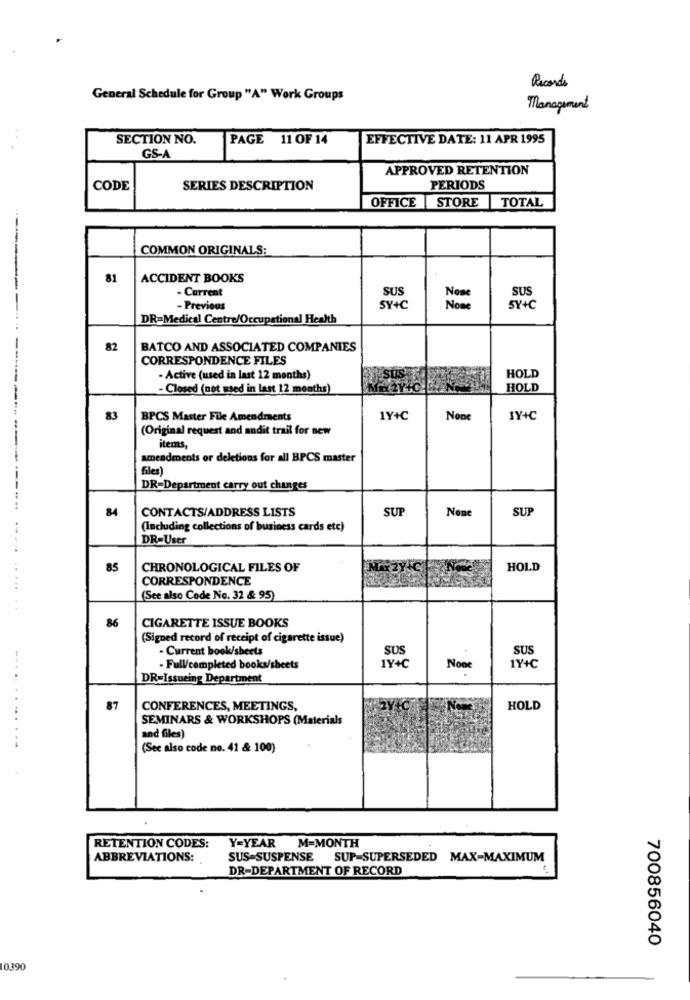
Records
General Schedule for Group "A" Work Groups
Management
SECTION NO.
PAGE 11 OF 14
EFFECTIVE DATE: 11 APR 1995
GS-A
APPROVED RETENTION
CODE
SERIES DESCRIPTION
PERIODS
OFFICE |STORE TOTAL
COMMON ORIGINALS:
81
ACCIDENT BOOKS
SUS
SUS
- Current
- Previous
SY+C
Nome
SY+C
DR=Medical Centre/Occupational Health
--
82
BATCO AND ASSOCIATED COMPANIES
CORRESPONDENCE FILES
. Active (used in last 12 months)
HOLD
- Closed (not used in last 12 months)
HOLD
83
BPCS Master File Amendments
1Y+C
IY+C
(Original request and audit trail for new
items,
amendments or deletions for all BPCS master
files)
DR=Department carry out changes
84
CONTACTS/ADDRESS LISTS
SUF
SUP
(Including collections of business cards etc)
DR=User
85
CHRONOLOGICAL FILES OF
HOLD
CORRESPONDENCE
(See also Code No. 32 & 95)
86
CIGARETTE ISSUE BOOKS
(Signed record of receipt of cigarette issue)
- Current book/sheets
SUS
SUS
--
- Full/completed books/sheets
1Y+C
1Y+C
DR=Issueing Department
87
CONFERENCES, MEETINGS,
HOLD
SEMINARS & WORKSHOPS (Materials
and files)
(See also code no. 41 & 100)
RETENTION CODES:
Y=YEAR M=MONTH
ABBREVIATIONS:
SUS=SUSPENSE SUP-SUPERSEDED MAX-MAXIMUM
DR-DEPARTMENT OF RECORD
700856040
10390